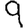
Digit: 9